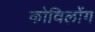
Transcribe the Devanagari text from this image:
कोविलोंग